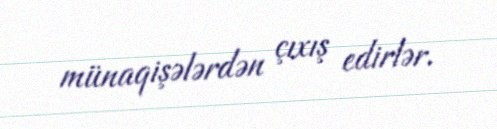
münaqişələrdən çıxış edirlər.